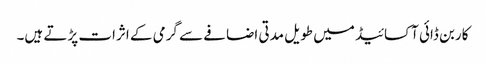
کاربن ڈائی آکسائیڈ میں طویل مدتی اضافے سے گرمی کے اثرات پڑتے ہیں۔